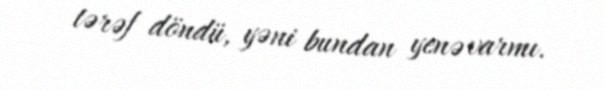
tərəf döndü, yəni bundan yenə varmı.